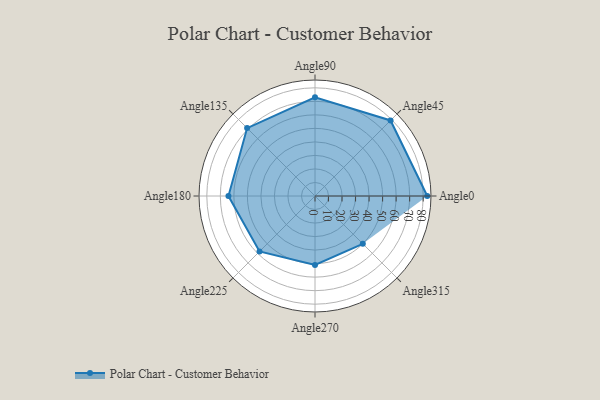
{"axis": {"x": "Angle", "y": "Radius"}, "legend": [""], "data": [{"x": "Angle0", "y": 83.0, "type": ""}, {"x": "Angle45", "y": 79.0, "type": ""}, {"x": "Angle90", "y": 73.0, "type": ""}, {"x": "Angle135", "y": 71.0, "type": ""}, {"x": "Angle180", "y": 64.0, "type": ""}, {"x": "Angle225", "y": 58.0, "type": ""}, {"x": "Angle270", "y": 51.0, "type": ""}, {"x": "Angle315", "y": 50, "type": ""}]}